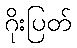
ဂိုးပြတ်